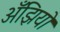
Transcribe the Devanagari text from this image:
अँझियो